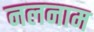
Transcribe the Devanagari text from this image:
नलनाम